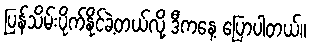
ပြန်သိမ်းပိုက်နိုင်ခဲ့တယ်လို့ ဒီကနေ့ ပြောပါတယ်။